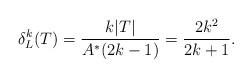
LaTeX: \begin{align*}\delta_L^k(T)=\frac{k|T|}{A^*(2k-1)}=\frac{2k^2}{2k+1}.\end{align*}